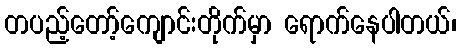
တပည့်တော့်ကျောင်းတိုက်မှာ ရောက်နေပါတယ်၊